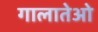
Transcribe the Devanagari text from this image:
गालातेओ